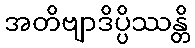
အတိဗျာဒိပ္ပိဿန္တိ